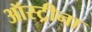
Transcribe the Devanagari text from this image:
ऑस्ट्रीना